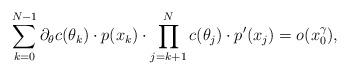
LaTeX: \begin{align*}\sum \limits_{k=0}^{N-1} \partial_\theta c(\theta_k) \cdot p(x_k) \cdot \prod \limits_{j=k+1}^{N} c(\theta_j) \cdot p'(x_j) = o(x_0^\gamma),\end{align*}